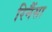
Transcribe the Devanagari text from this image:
रिनैंसा